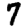
Digit: 7